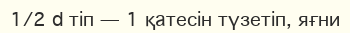
1/2 d тіп — 1 қатесін түзетіп, яғни